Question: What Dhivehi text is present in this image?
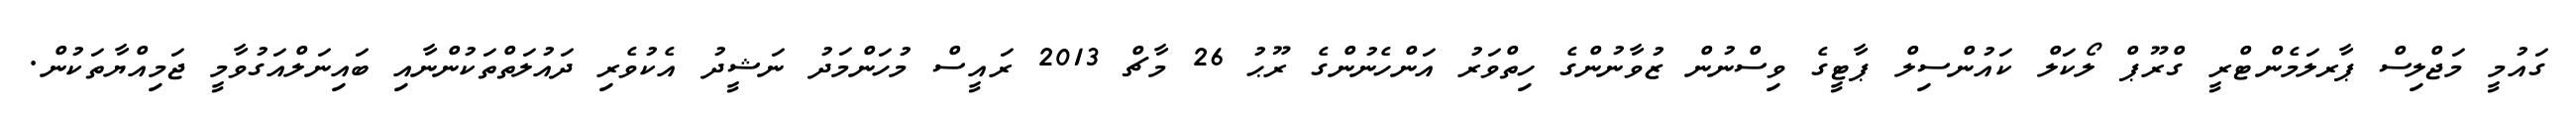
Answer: ގައުމީ މަޖްލިސް ޕާރލަމެންޓްރީ ގްރޫޕް ލޯކަލް ކައުންސިލް ޕާޓީގެ ވިސްނުން ޒުވާނުންގެ ހިތްވަރު އަންހެނުންގެ ރޫޙު 26 މާޗް 2013 ރައީސް މުހަންމަދު ނަޝީދު އެކުވެރި ދައުލަތްތަކުންނާއި ބައިނަލްއަގުވާމީ ޖަމިއްޔާތަކުން.